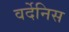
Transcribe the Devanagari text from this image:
वर्देनिस